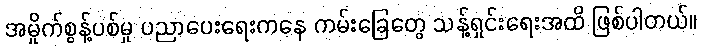
အမှိုက်စွန့်ပစ်မှု ပညာပေးရေးကနေ ကမ်းခြေတွေ သန့်ရှင်းရေးအထိ ဖြစ်ပါတယ်။